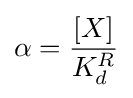
\alpha ={\frac {[X]}{K_{d}^{R}}}